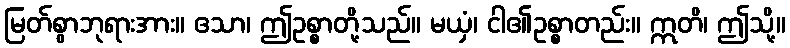
မြတ်စွာဘုရားအား။ ဧသာ၊ ဤဥစ္စာတို့သည်။ မယှံ၊ ငါ၏ဥစ္စာတည်း။ ဣတိ၊ ဤသို့။